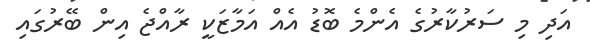
އަދި މި ސަރުކާރުގެ އެންމެ ބޮޑު އެއް އަމާޒަކީ ރާއްޖެ އިން ބޭރުގައި